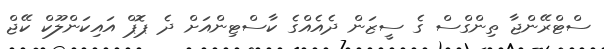
ސްޓްރޭންޖާ ތިންގްސް ގެ ސީޒަން ދެއެއްގެ ކާސްޓިންއަށް ދެ ޕޮޕް އައިކަންލޫކް ކޭޖް